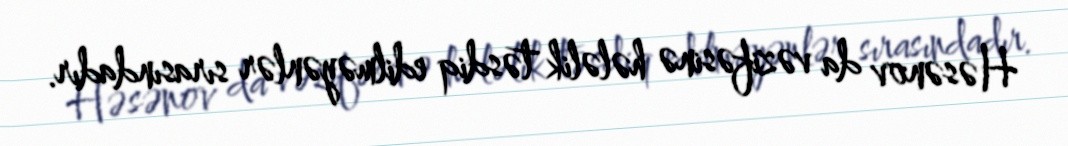
Həsənov da vəzifəsinə hələlik təsdiq edilməyənlər sırasındadır.